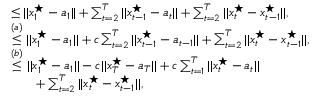
\begin{array} { r l } & { \le | | x _ { 1 } ^ { \star } - a _ { 1 } | | + \sum _ { t = 2 } ^ { T } | | x _ { t - 1 } ^ { \star } - a _ { t } | | + \sum _ { t = 2 } ^ { T } | | x _ { t } ^ { \star } - x _ { t - 1 } ^ { \star } | | , } \\ & { \stackrel { ( a ) } \le | | x _ { 1 } ^ { \star } - a _ { 1 } | | + c \sum _ { t = 2 } ^ { T } | | x _ { t - 1 } ^ { \star } - a _ { t - 1 } | | + \sum _ { t = 2 } ^ { T } | | x _ { t } ^ { \star } - x _ { t - 1 } ^ { \star } | | , } \\ & { \stackrel { ( b ) } \le | | x _ { 1 } ^ { \star } - a _ { 1 } | | - c | | x _ { T } ^ { \star } - a _ { T } | | + c \sum _ { t = 1 } ^ { T } | | x _ { t } ^ { \star } - a _ { t } | | } \\ & { \quad \quad + \sum _ { t = 2 } ^ { T } | | x _ { t } ^ { \star } - x _ { t - 1 } ^ { \star } | | , } \end{array}